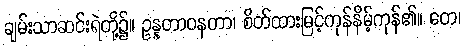
ချမ်းသာဆင်းရဲတို့၌။ ဥန္နတာဝနတာ၊ စိတ်ထားမြင့်ကုန်နိမ့်ကုန်၏။ တေ၊